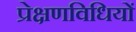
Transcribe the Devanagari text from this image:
प्रेक्षणविधियों